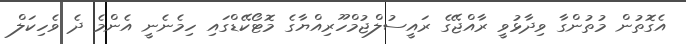
އެގޮތުން މުތުންގާ ވިދާޅުވީ ރާއްޖޭގެ ރައީސުލްޖުމްހޫރިއްޔާގެ މޮޓޯކޭޑްގައި ހިމެނެނީ އެންމެ ދެ ވެހިކަލް